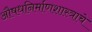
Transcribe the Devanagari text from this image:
औषधनिर्माणशास्त्राचे